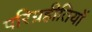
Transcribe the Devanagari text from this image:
परिग्रहीतियों